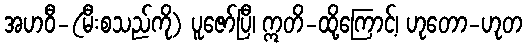
အဟဝီ-(မီးစသည်ကို) ပူဇော်ပြီ၊ ဣတိ-ထို့ကြောင့်၊ ဟုတော-ဟုတ